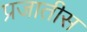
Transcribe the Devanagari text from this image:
प्रजातीस